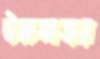
উচ্চমাত্রার